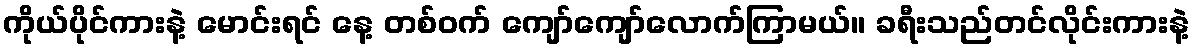
ကိုယ်ပိုင်ကားနဲ့ မောင်းရင် နေ့ တစ်ဝက် ကျော်ကျော်လောက်ကြာမယ်။ ခရီးသည်တင်လိုင်းကားနဲ့